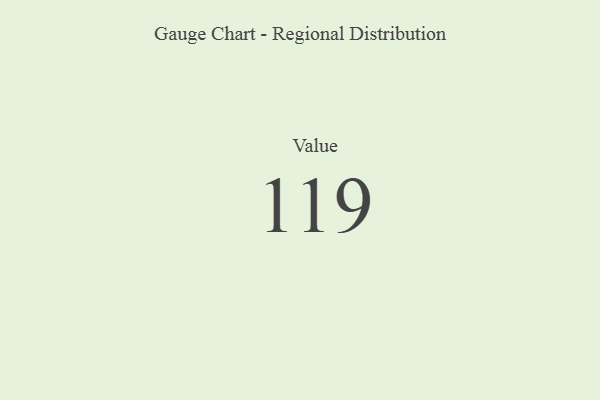
{"axis": {"x": "Metric", "y": "Value"}, "legend": [""], "data": [{"x": "Value", "y": 119, "type": ""}]}